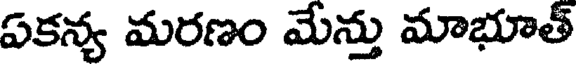
ఏకన్య మరణం మేన్తు మాభూత్